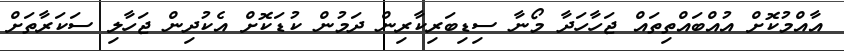
އާއްމުކޮށް އުއްބައްތިތައް ޖަހާހަދާ މޯނާ ސިޑިބަރިކާރިން ދަމުން ކުޑަކޮށް އެކުދިން ޖަހާލި ސަކަރާތަށް